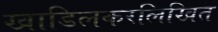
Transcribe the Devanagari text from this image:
खाडिलकरलिखित